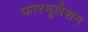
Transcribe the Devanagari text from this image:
फारमूलेशन